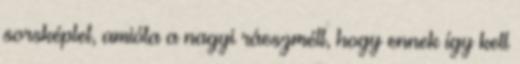
sorsképlet, amióta a nagyi ráeszmélt, hogy ennek így kell